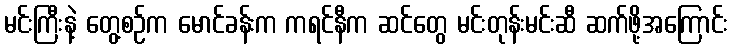
မင်းကြီးနဲ့ တွေ့စဉ်က မောင်ခန်းက ကရင်နီက ဆင်တွေ မင်းတုန်းမင်းဆီ ဆက်ဖို့အကြောင်း